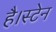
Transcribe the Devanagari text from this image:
है।स्टेन